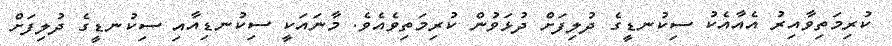
ކުރިމަތިވާއިރު އެއާއެކު ސިކުނޑީގެ ދުލިފަށް ދުޅަވުން ކުރިމަތިވެއެވެ. މާނައަކީ ސިކުނޑިއާއި ސިކުނޑީގެ ދުލިފަށް